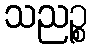
သညဉ္စ